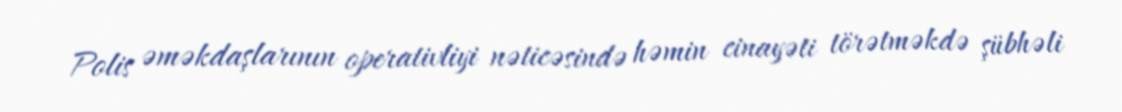
Polis əməkdaşlarının operativliyi nəticəsində həmin cinayəti törətməkdə şübhəli